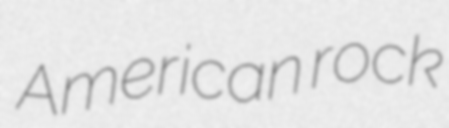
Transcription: American rock